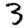
Digit: 3